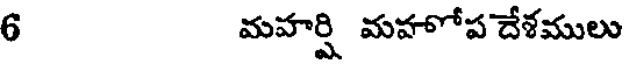
6 మహర్షి మహోప దేశములు